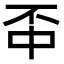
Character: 𫠬